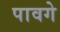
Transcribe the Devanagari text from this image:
पावगे